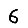
Digit: 6